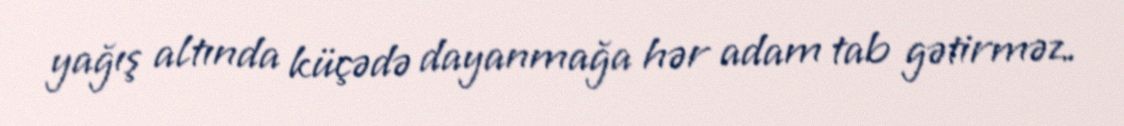
yağış altında küçədə dayanmağa hər adam tab gətirməz.